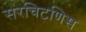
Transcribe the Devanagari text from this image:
सरचिटणिस